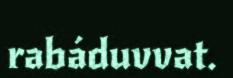
rabáduvvat.